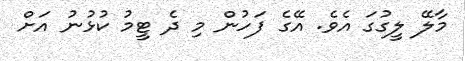
މާލޭ ލީގުގަ އެވެ. އޭގެ ފަހުން މި ދެ ޓީމު ކުޅުނު އަށް